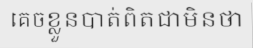
គេចខ្លួនបាត់ពិតជាមិនថា